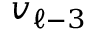
v _ { \ell - 3 }